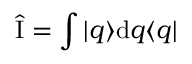
\hat { \mathrm { I } } = \int | q \rangle \mathrm { d } q \langle q |